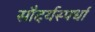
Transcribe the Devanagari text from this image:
सौदर्यस्पर्धा